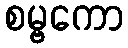
စမ္ဗကော